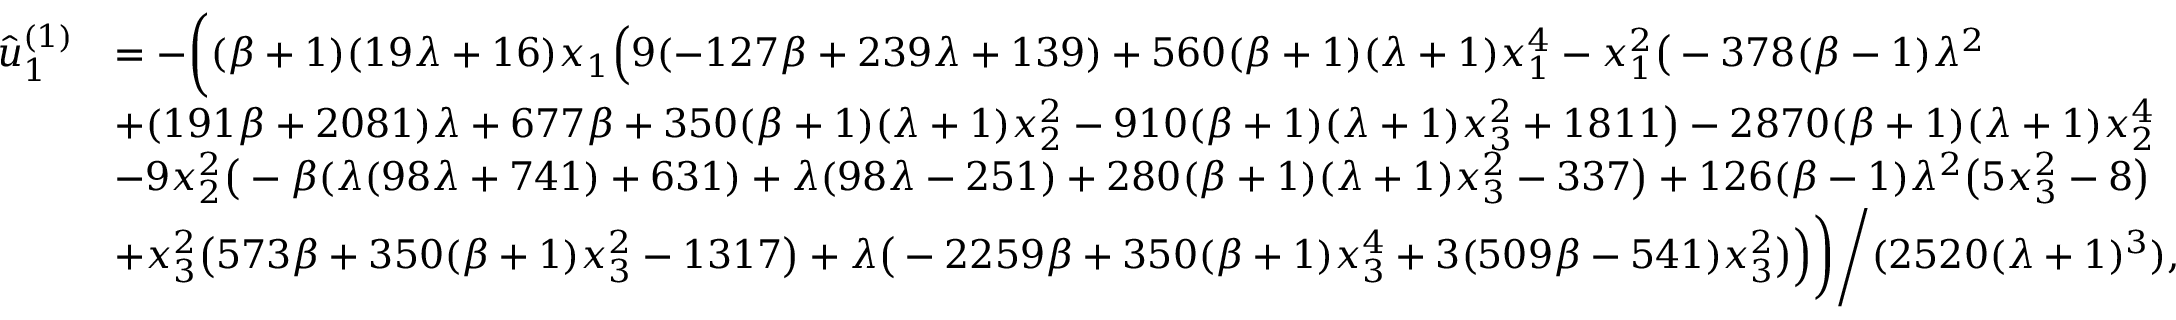
\begin{array} { r l } { \hat { u } _ { 1 } ^ { ( 1 ) } } & { = - \bigg ( ( \beta + 1 ) ( 1 9 \lambda + 1 6 ) x _ { 1 } \Big ( 9 ( - 1 2 7 \beta + 2 3 9 \lambda + 1 3 9 ) + 5 6 0 ( \beta + 1 ) ( \lambda + 1 ) x _ { 1 } ^ { 4 } - x _ { 1 } ^ { 2 } \big ( - 3 7 8 ( \beta - 1 ) \lambda ^ { 2 } } \\ & { + ( 1 9 1 \beta + 2 0 8 1 ) \lambda + 6 7 7 \beta + 3 5 0 ( \beta + 1 ) ( \lambda + 1 ) x _ { 2 } ^ { 2 } - 9 1 0 ( \beta + 1 ) ( \lambda + 1 ) x _ { 3 } ^ { 2 } + 1 8 1 1 \big ) - 2 8 7 0 ( \beta + 1 ) ( \lambda + 1 ) x _ { 2 } ^ { 4 } } \\ & { - 9 x _ { 2 } ^ { 2 } \big ( - \beta ( \lambda ( 9 8 \lambda + 7 4 1 ) + 6 3 1 ) + \lambda ( 9 8 \lambda - 2 5 1 ) + 2 8 0 ( \beta + 1 ) ( \lambda + 1 ) x _ { 3 } ^ { 2 } - 3 3 7 \big ) + 1 2 6 ( \beta - 1 ) \lambda ^ { 2 } \big ( 5 x _ { 3 } ^ { 2 } - 8 \big ) } \\ & { + x _ { 3 } ^ { 2 } \big ( 5 7 3 \beta + 3 5 0 ( \beta + 1 ) x _ { 3 } ^ { 2 } - 1 3 1 7 \big ) + \lambda \big ( - 2 2 5 9 \beta + 3 5 0 ( \beta + 1 ) x _ { 3 } ^ { 4 } + 3 ( 5 0 9 \beta - 5 4 1 ) x _ { 3 } ^ { 2 } \big ) \Big ) \bigg ) \Bigg / ( 2 5 2 0 ( \lambda + 1 ) ^ { 3 } ) , } \end{array}